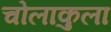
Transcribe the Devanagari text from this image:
चोलाकुला